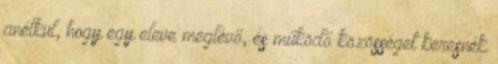
anélkül, hogy egy eleve meglévő, és működő közösséget keresnék